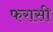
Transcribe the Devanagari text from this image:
फरासी